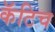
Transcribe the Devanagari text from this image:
कॅटिच